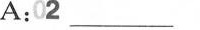
A:2\underline